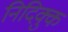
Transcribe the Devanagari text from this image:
निदिक्कु